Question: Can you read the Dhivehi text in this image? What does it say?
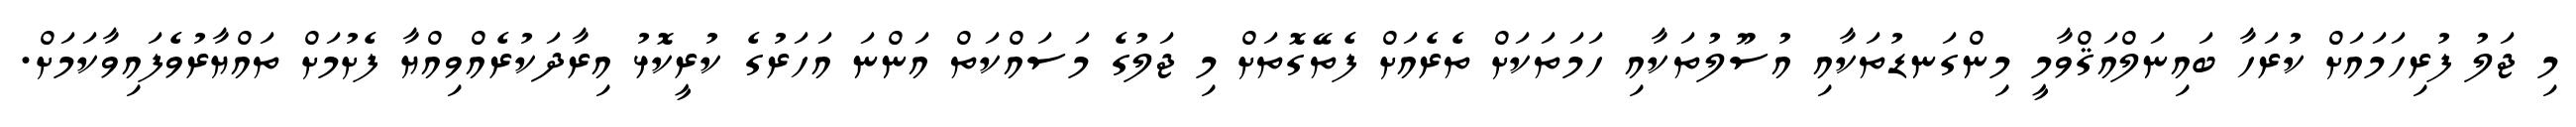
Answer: މި ޖަލު ފުރިހަމައަށް ކުރަހާ ބައިނަލްއަޤްވާމީ މިންގަނޑުތަކާއި އުސޫލުތަކާއި ހަމަތަކަށް ތެރެއަށް ފެތޭގޮތަށް މި ޖަލުގެ މަސައްކަތް އަންނަ އަހަރުގެ ކުރީކޮޅު އިރާދަކުރެއްވިއްޔާ ފެށުމަށް ތައްޔާރުވެފައިވާކަމަށް.